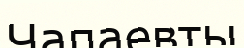
Чапаевты